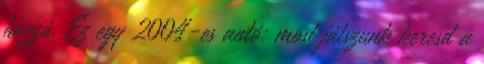
hozzá. Ez egy 2004-es autó: most játszunk keresd a